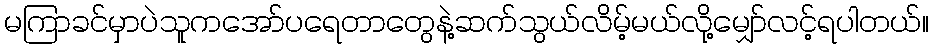
မကြာခင်မှာပဲသူကအော်ပရေတာတွေနဲ့ဆက်သွယ်လိမ့်မယ်လို့မျှော်လင့်ရပါတယ်။